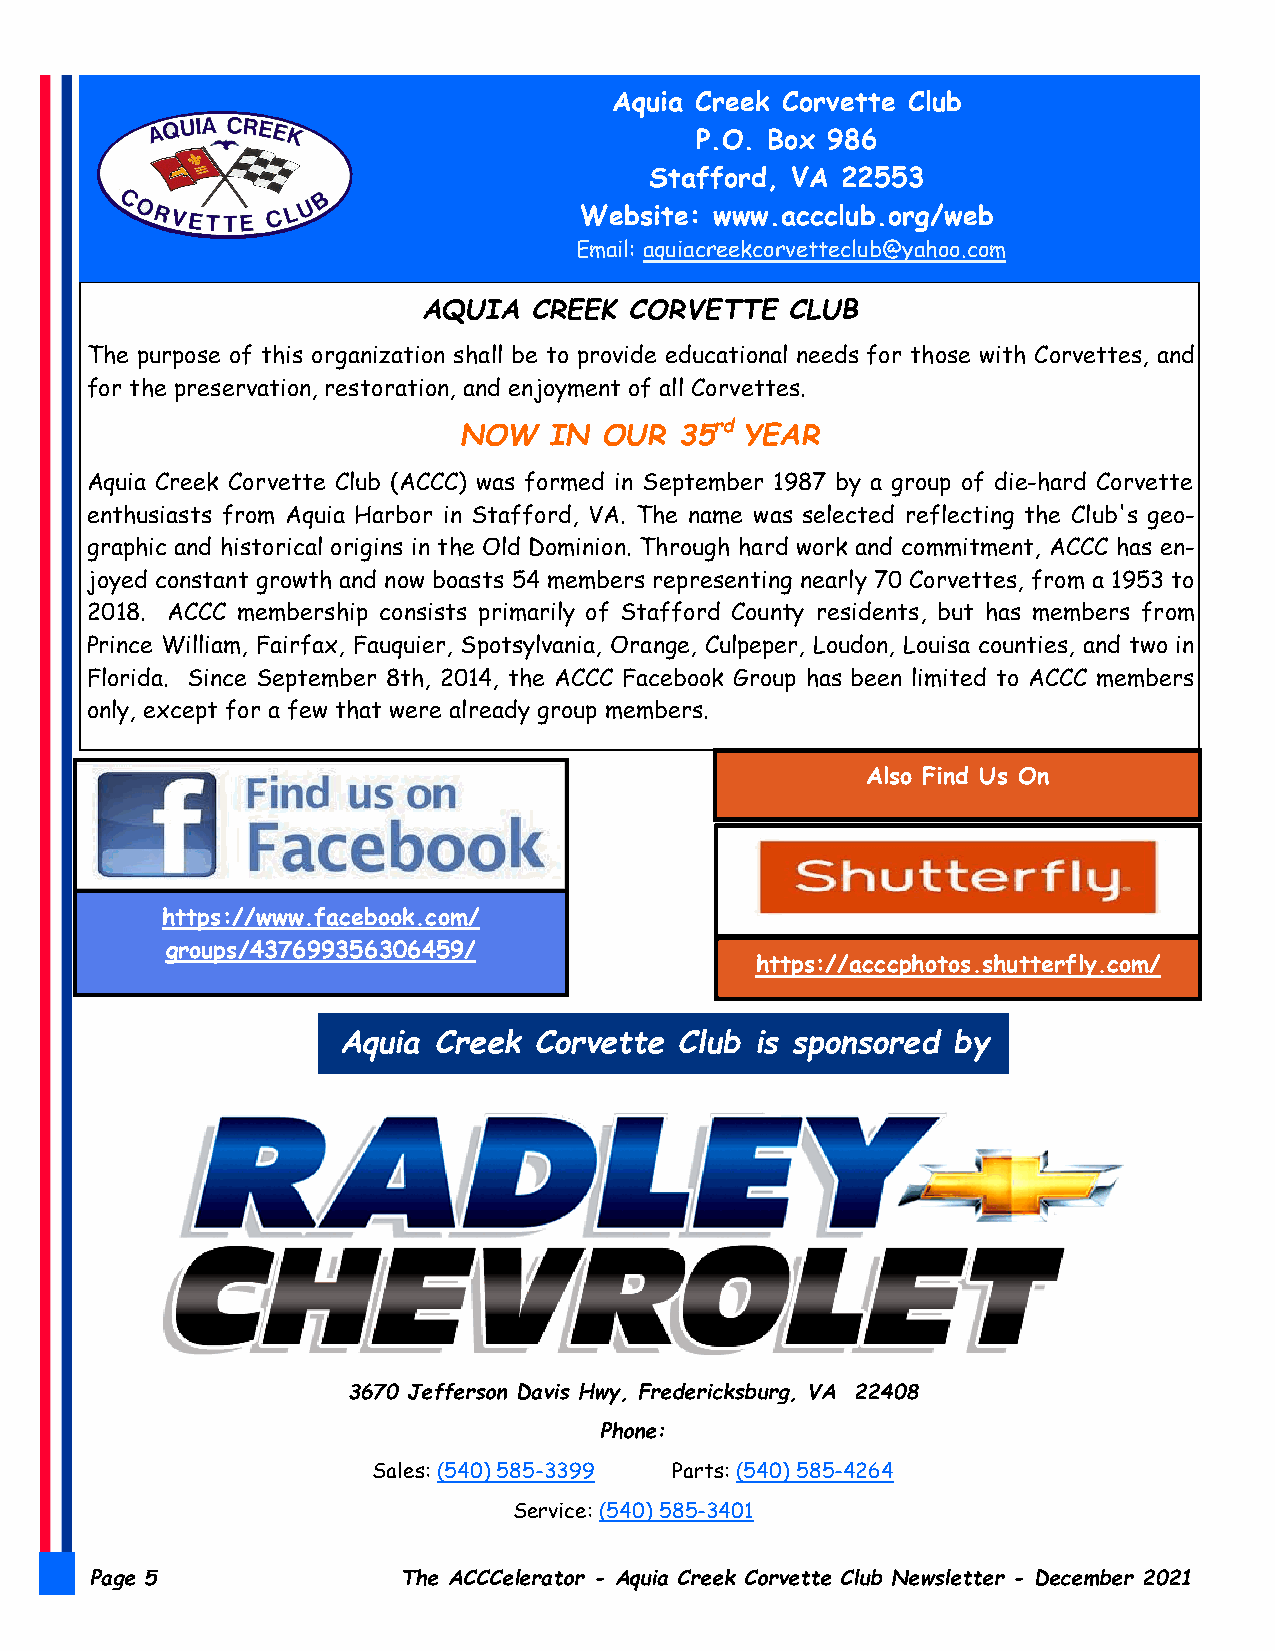
Aquia Creek Corvette Club
 P.O. Box 986
 Stafford, VA 22553
 Website: www.accclub.org/web
 Email: aquiacreekcorvetteclub@yahoo.com
 AQUIA  CREEK  CORVETTE  CLUB
 The purpose of this organization shall be to provide educational needs for those with Corvettes, and
 for the preservation, restoration, and enjoyment of all Corvettes.
 NOW   IN  OUR  35rd YEAR
 Aquia Creek Corvette Club (ACCC) was formed in September 1987 by a group of die-hard Corvette
 enthusiasts from Aquia Harbor in Stafford, VA. The name was selected reflecting the Club's geo-
 graphic and historical origins in the Old Dominion. Through hard work and commitment, ACCC has en-
 joyed constant growth and now boasts 54 members representing nearly 70 Corvettes, from a 1953 to
 2018. ACCC membership consists primarily of Stafford County residents, but has members from
 Prince William, Fairfax, Fauquier, Spotsylvania, Orange, Culpeper, Loudon, Louisa counties, and two in
 Florida. Since September 8th, 2014, the ACCC Facebook Group has been limited to ACCC members
 only, except for a few that were already group members.
 Also Find Us On
 https://www.facebook.com/
 groups/437699356306459/
 https://acccphotos.shutterfly.com/
 Aquia  Creek Corvette  Club is sponsored by
 3670 Jefferson Davis Hwy, Fredericksburg, VA 22408
 Phone:
 Sales: (540) 585-3399 Parts: (540) 585-4264
 Service: (540) 585-3401
 Page 5               The ACCCelerator - Aquia Creek Corvette Club Newsletter - December 2021